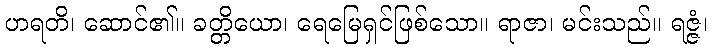
ဟရတိ၊ ဆောင်၏။ ခတ္တိယော၊ ရေမြေရှင်ဖြစ်သော။ ရာဇာ၊ မင်းသည်။ ရဇ္ဇံ၊